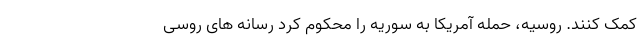
کمک کنند. روسیه، حمله آمریکا به سوریه را محکوم کرد رسانه های روسی